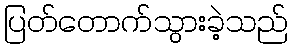
ပြတ်တောက်သွားခဲ့သည်